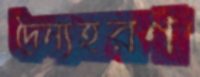
দৈন্যহরণ